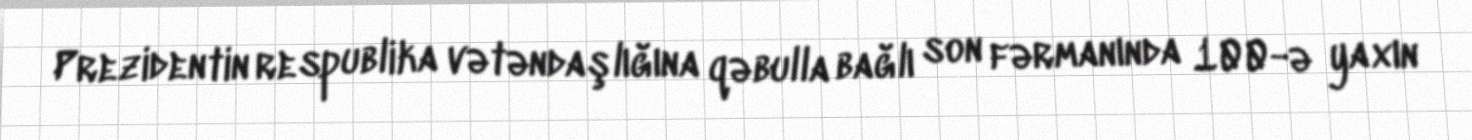
Prezidentin respublika vətəndaşlığına qəbulla bağlı son fərmanında 100-ə yaxın